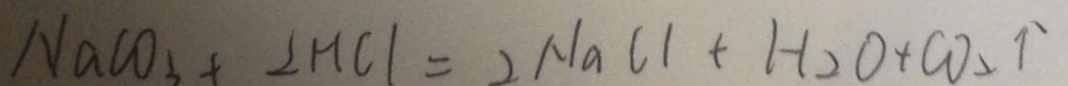
N a C O _ { 3 } + 2 H C l = 2 N a C l + H _ { 2 } O + C O _ { 2 } \uparrow